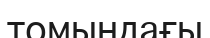
томындағы